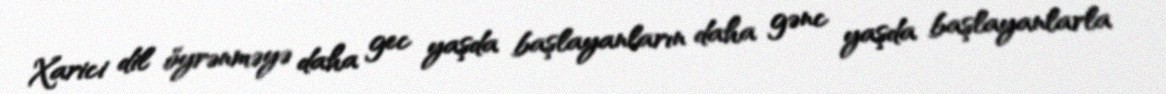
Xarici dil öyrənməyə daha gec yaşda başlayanların daha gənc yaşda başlayanlarla